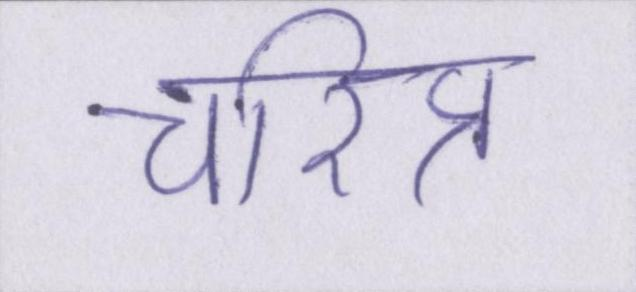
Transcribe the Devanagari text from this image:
चरित्र